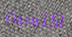
اكتسبت